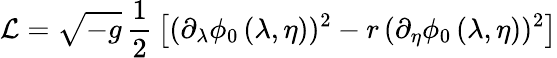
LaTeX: {\cal L}=\sqrt{-g}\, {\frac{1}{2}}\left[(\partial_{\lambda}\phi_{0}\, (\lambda,\eta))^{2}-r\, (\partial_{\eta}\phi_{0}\, (\lambda,\eta))^{2}\right]